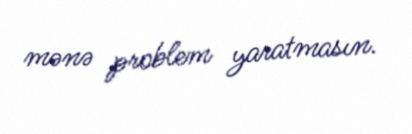
mənə problem yaratmasın.